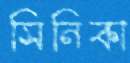
সিনিকা